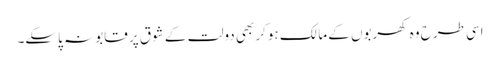
اسی طرح وہ کھربوں کے مالک ہوکر بھی دولت کے شوق پر قابو نہ پاسکے۔